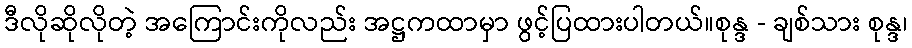
ဒီလိုဆိုလိုတဲ့ အကြောင်းကိုလည်း အဋ္ဌကထာမှာ ဖွင့်ပြထားပါတယ်။စုန္ဒ - ချစ်သား စုန္ဒ၊